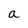
Character: a